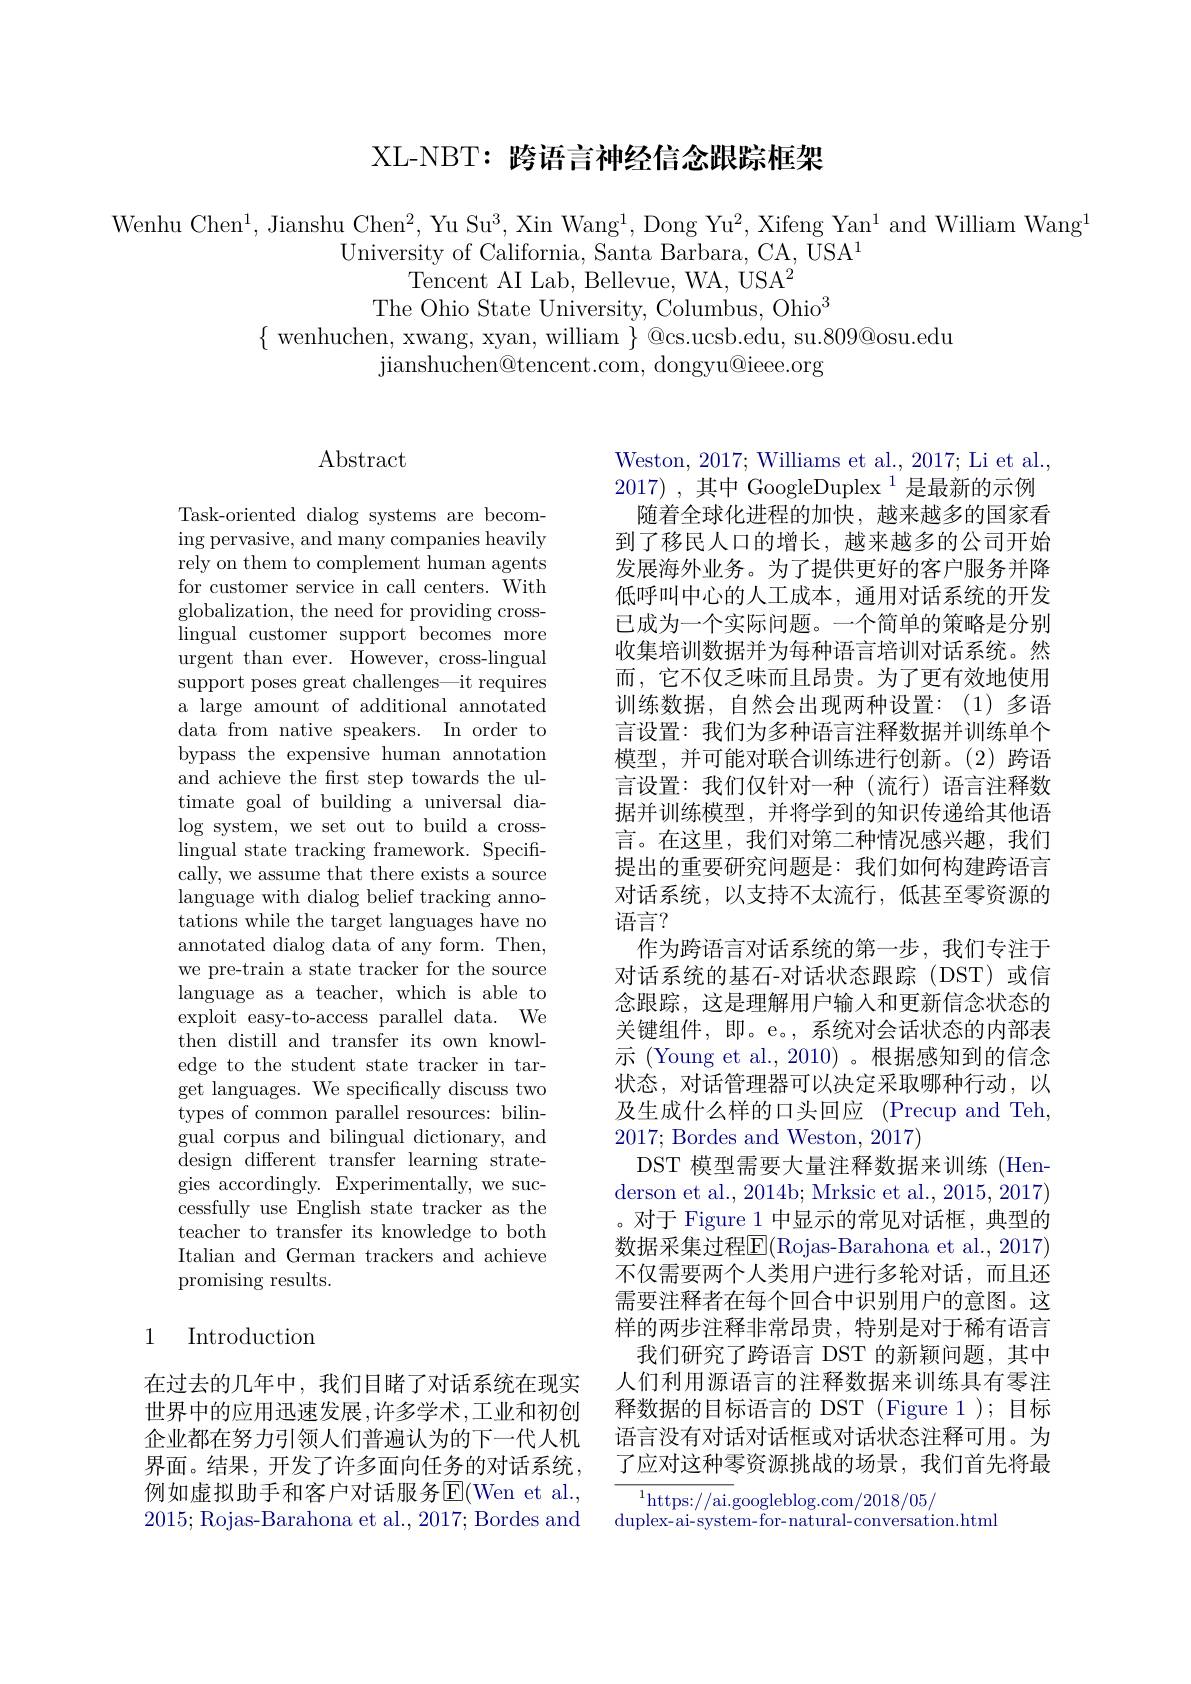
## XL-NBT: 跨语言神经信念跟踪框架

Wenhu Chen$^1$,Jianshu Chen$^2$, Yu Su$^3$, Xin Wang$^1$,Dong Yu$^2$, Xifeng Yan$^1$ and William Wang$^1$
University of California, Santa Barbara, CA, USA$^1$
Tencent AI Lab, Bellevue, WA, USA$^2$
The Ohio State University, Columbus, Ohio$^3$
$\{$ wenhuchen, xwang, xyan, william $\}$ @cs.ucsb.edu, su.809@osu.edu
jianshuchen@ tencent. com, dongyu@ ieee. org

# Abstract

Task-oriented dialog systems are becoming pervasive, and many companies heavily rely on them to complement human agents for customer service in call centers. With globalization, the need for providing cross- ${\mathrm{lingual~customer~support~becomes~more}}$ urgent than ever. However, cross-lingual support poses great challenges—it requires a large amount of additional annotated data from native speakers. In order to bypass the expensive human annotation and achieve the first step towards the ultimate goal of building a universal dialog system, we set out to build a crosslingual state tracking framework. Specifically, we assume that there exists a source language with dialog belief tracking annotations while the target languages have no annotated dialog data of any form. Then, we pre-train a state tracker for the source language as a teacher, which is able to exploit easy-to-access parallel data. We then distill and transfer its own knowledge to the student state tracker in target languages. We specifically discuss two $\bar{\text{types of common parallel resources: bilin-}}$ gual corpus and bilingual dictionary, and design different transfer learning strategies accordingly. Experimentally, we successfully use English state tracker as the teacher to transfer its knowledge to both Italian and German trackers and achieve promising results.

# 1 Introduction

在过去的几年中，我们目睹了对话系统在现实世界中的应用迅速发展，许多学术，工业和初创企业都在努力引领人们普遍认为的下一代人机界面。结果，开发了许多面向任务的对话系统， 例如虚拟助手和客户对话服务$\overline{\mathrm{E}}($Wen et al., 2015; Rojas-Barahona et al., 2017; Bordes and

Weston, 2017; Williams et al., 2017; Li et al., 2017) , 其中 GoogleDuplex$^1$是最新的示例
随着全球化进程的加快，越来越多的国家看到了移民人口的增长，越来越多的公司开始发展海外业务。为了提供更好的客户服务并降低呼叫中心的人工成本，通用对话系统的开发已成为一个实际问题。一个简单的策略是分别收集培训数据并为每种语言培训对话系统。然而，它不仅乏味而且昂贵。为了更有效地使用训练数据，自然会出现两种设置：(1)多语言设置：我们为多种语言注释数据并训练单个模型，并可能对联合训练进行创新。(2)跨语言设置：我们仅针对一种(流行)语言注释数据并训练模型，并将学到的知识传递给其他语言。在这里，我们对第二种情况感兴趣，我们提出的重要研究问题是：我们如何构建跨语言对话系统，以支持不太流行，低甚至零资源的语言？
作为跨语言对话系统的第一步，我们专注于对话系统的基石-对话状态跟踪(DST)或信念跟踪，这是理解用户输入和更新信念状态的关键组件，即。e。, 系统对会话状态的内部表示 (Young et al., 2010)。根据感知到的信念状态，对话管理器可以决定采取哪种行动，以及生成什么样的口头回应 (Precup and Teh, 2017; Bordes and Weston, 2017)
DST 模型需要大量注释数据来训练(Hen- $\mathop{\text{derson et al., 2014b; Mrksic et al., 2015, 2017)}}$ 。对于 Figure 1 中显示的常见对话框，典型的数据采集过程E$( Rojas- Barahona et al. , 2017)$ 不仅需要两个人类用户进行多轮对话，而且还需要注释者在每个回合中识别用户的意图。这样的两步注释非常昂贵，特别是对于稀有语言
我们研究了跨语言 DST 的新颖问题，其中人们利用源语言的注释数据来训练具有零注释数据的目标语言的 DST (Figure 1); 目标语言没有对话对话框或对话状态注释可用。为了应对这种零资源挑战的场景，我们首先将最
$\overline{{^{1}\text{https:}//\text{ai.g}}}$oogleblog.com/2018/05/

duplex- ai- system- for- natural- conversation. html